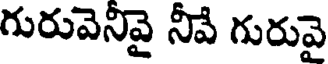
గురువెనివై నీవే గురువై